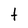
Character: t